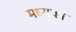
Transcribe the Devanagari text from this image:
मध्यका